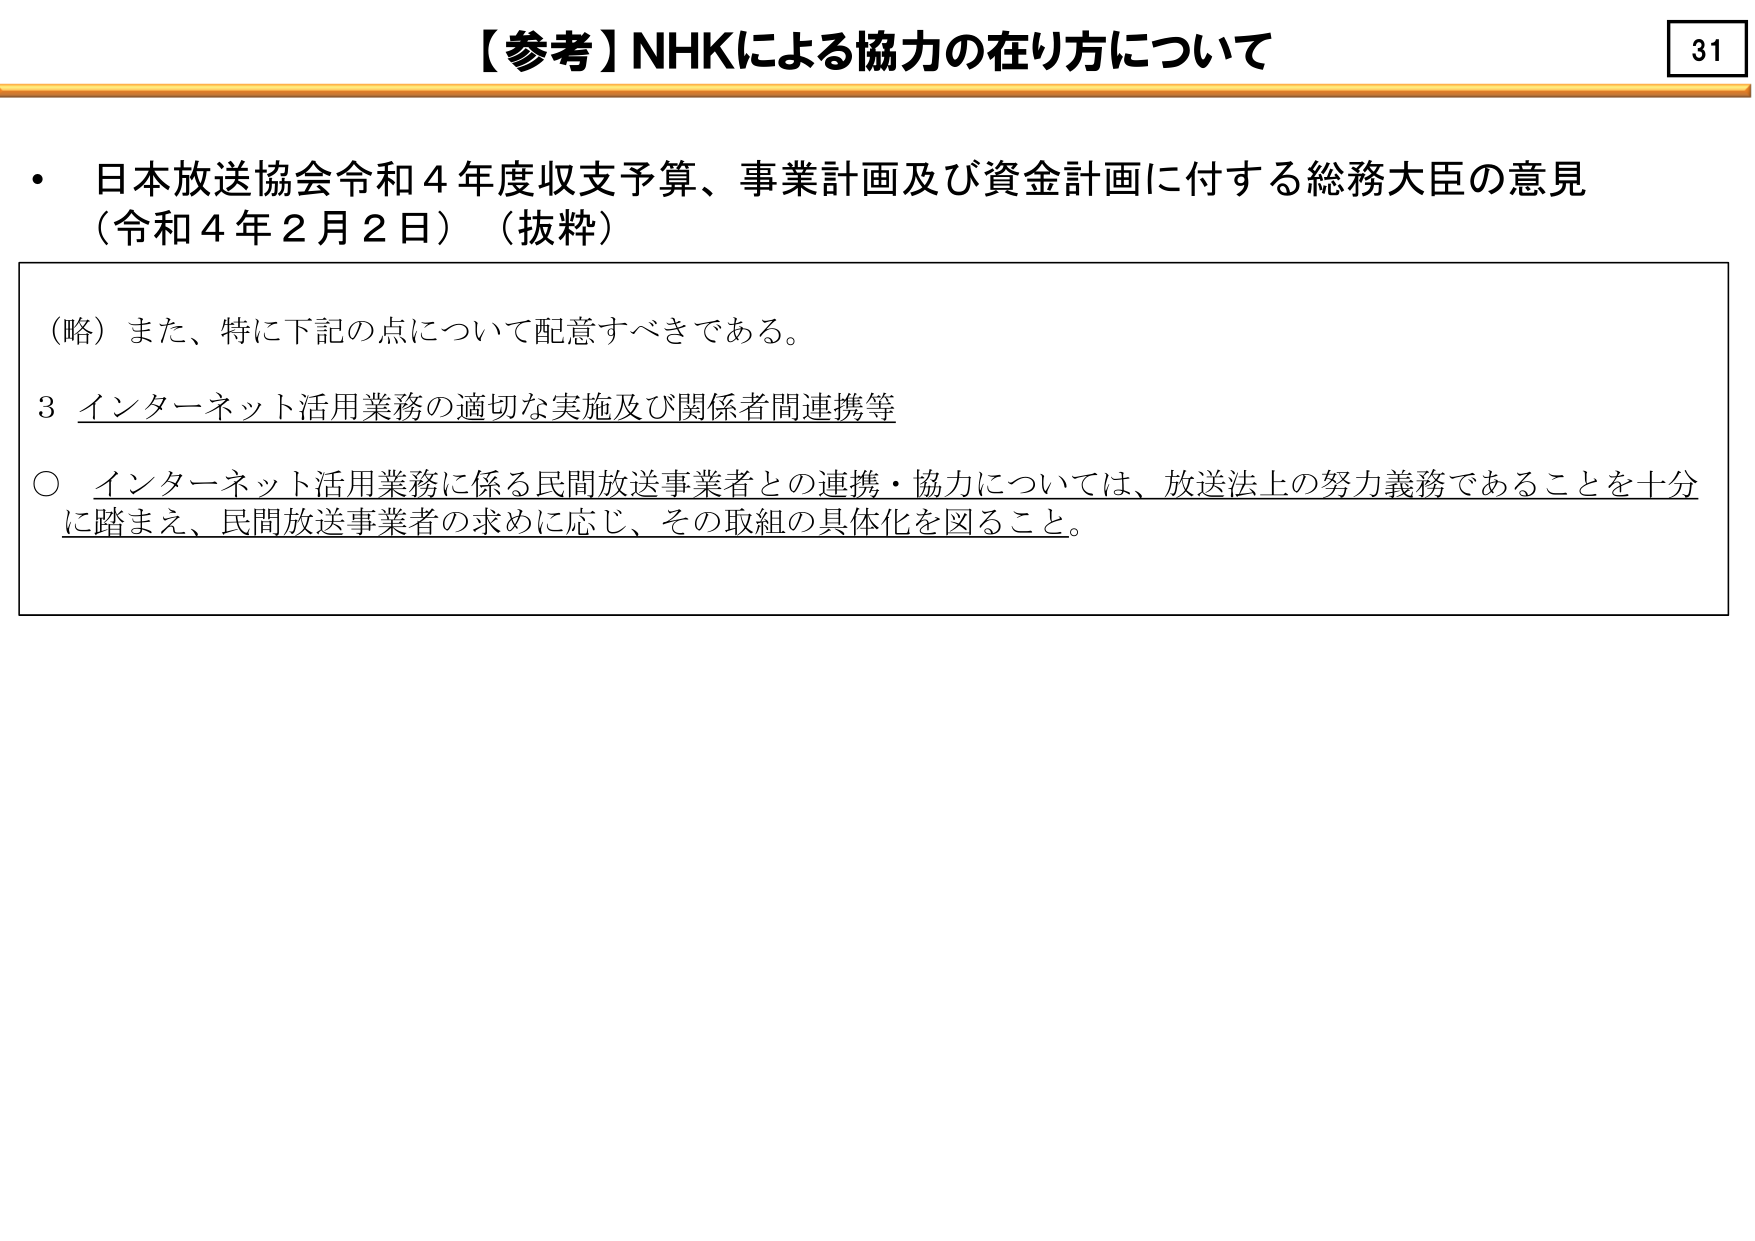
【参考】NHKによる協力の在り方について

・日本放送協会令和４年度収支予算、事業計画及び資金計画に付する総務大臣の意見
（令和４年２月２日）（抜粋）

（略）また、特に下記の点について配意すべきである。

３ インターネット活用業務の適切な実施及び関係者間連携等

○ インターネット活用業務に係る民間放送事業者との連携・協力については、放送法上の努力義務であることを十分に踏まえ、民間放送事業者の求めに応じ、その取組の具体化を図ること。

31